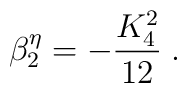
\beta_2^{\eta} = - \frac{K_4^2}{12}   \; .